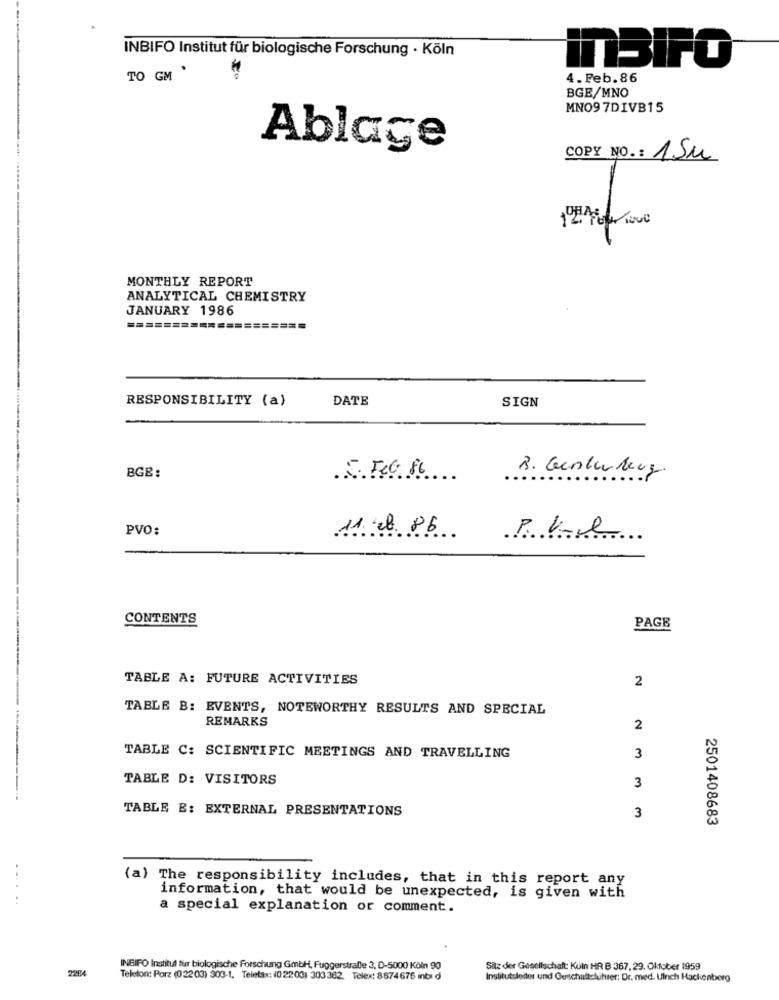
INBIFO Institut für biologische Forschung · Köln
inBirO
TO GM '
4. Feb. 86
BGE/MNO
MNO97DIVB15
Ablage
COPY NO .: 1Su
MONTHLY REPORT
ANALYTICAL CHEMISTRY
JANUARY 1986
=========
RESPONSIBILITY (a)
DATE
SIGN
BGB:
B. Gunterberg.
5. FC 86
PVO:
11 2b 86
P. Ve
CONTENTS
PAGE
TABLE A: FUTURE ACTIVITIES
2
TABLE B: EVENTS, NOTEWORTHY RESULTS AND SPECIAL
REMARKS
2
TABLE C: SCIENTIFIC MEETINGS AND TRAVELLING
3
TABLE D: VISITORS
3
TABLE B: EXTERNAL PRESENTATIONS
3
2501408683
(a) The responsibility includes, that in this report any
......
information, that would be unexpected, is given with
a special explanation or comment.
2284
INBIFO Institut fur biologische Forschung GmbH, Fuggerstraße 3, D-5000 Köln 90
Sitz der Gesellschaft: Kuin HR B 367, 29. Oktober 1959
Telefon: Porz (0 2203) 303-1, Telefax: (0 2203) 303362. Telex: 8874675 inti d
Institutsleiter und Ouschaftckihrer: Dr. med. Ulnch Hackenberg